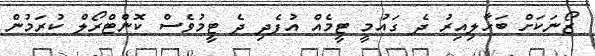
ޒޯނަކަށް ބަހާލިއިރު ދެ ގައުމީ ޓީމެއް އުފެދި ދެ ޓީމުވެސް ކޮންޓްރޯލް ކުރަމުން